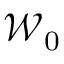
{ \mathcal W } _ { 0 }